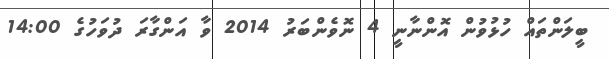
ބީލަންތައް ހުޅުވުން އޮންނާނީ 4 ނޮވެންބަރު 2014 ވާ އަންގާރަ ދުވަހުގެ 14:00